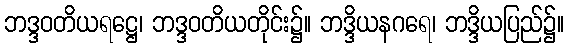
ဘဒ္ဒဝတိယရဋ္ဌေ၊ ဘဒ္ဒဝတိယတိုင်း၌။ ဘဒ္ဒိယနဂရေ၊ ဘဒ္ဒိယပြည်၌။